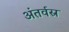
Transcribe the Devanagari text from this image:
अंतर्वस्र